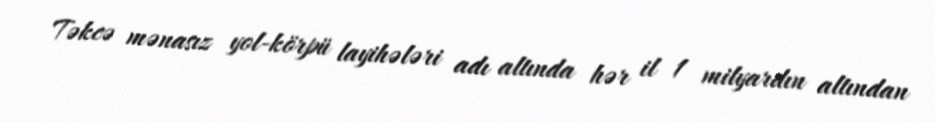
Təkcə mənasız yol-körpü layihələri adı altında hər il 1 milyardın altından